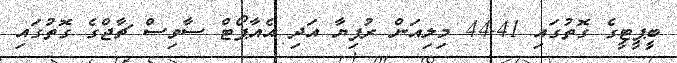
ބީޕީޓީގެ ގޮތުގައި 44.41 މިލިއަން ރުފިޔާ އަދި އެއާޕޯޓް ސާވިސް ޗާޖްގެ ގޮތުގައި